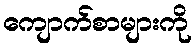
ကျောက်စာများကို